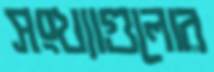
সংখ্যাগুলোর